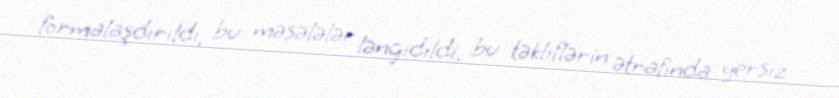
formalaşdırıldı, bu məsələlər ləngidildi, bu təkliflərin ətrafında yersiz